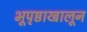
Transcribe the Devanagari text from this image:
भूपृष्ठाखालून